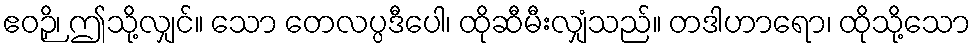
ဧဝဉှိ၊ ဤသို့လျှင်။ သော တေလပ္ပဒီပေါ၊ ထိုဆီမီးလျှံသည်။ တဒါဟာရော၊ ထိုသို့သော